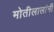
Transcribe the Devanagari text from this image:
मोतीलालांनी